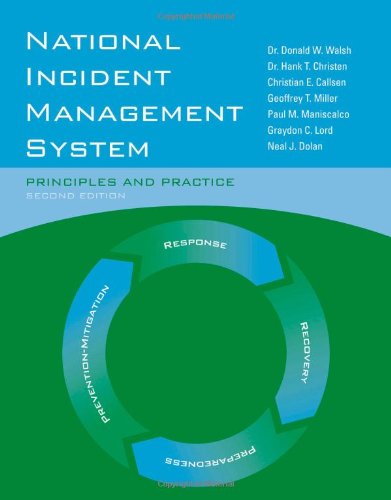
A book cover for National Incident Management System: Principles And Practice; Dr. Donald W. Walsh; Politics & Social Sciences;